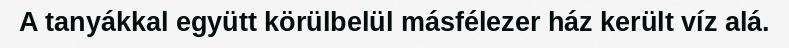
A tanyákkal együtt körülbelül másfélezer ház került víz alá.